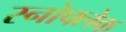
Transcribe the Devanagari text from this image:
स्नोफ्लेक